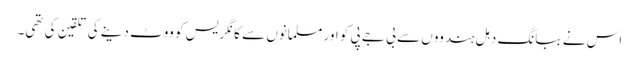
اس نے ببانگ دہل ہندووں سے بی جے پی کو اور مسلمانوں سے کانگریس کو ووٹ دینے کی تلقین کی تھی۔